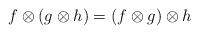
LaTeX: \begin{align*}f\otimes(g\otimes h)=(f\otimes g)\otimes h\end{align*}